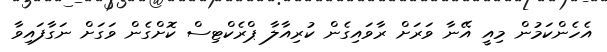
އެހެންކަމުން މިއީ އޭނާ ވަރަށް ރާވައިގެން ކުރިއާލާ ޕްރެކްޓިސް ކޮށްގެން ވަގަށް ނަގާފައިވާ